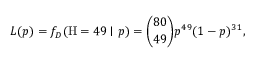
L ( p ) = f _ { D } ( \mathrm { H } = 4 9 \mid p ) = { \binom { 8 0 } { 4 9 } } p ^ { 4 9 } ( 1 - p ) ^ { 3 1 } ,